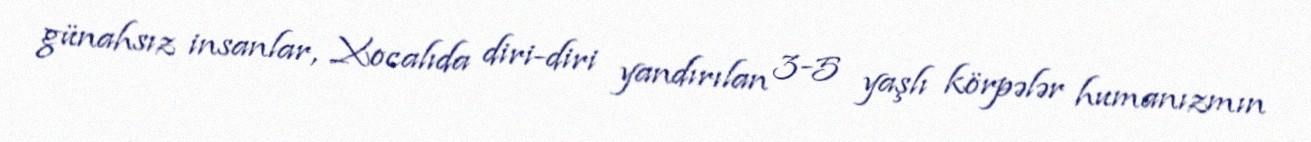
günahsız insanlar, Xocalıda diri-diri yandırılan 3-5 yaşlı körpələr humanızmın